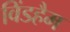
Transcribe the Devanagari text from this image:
विंडहैम